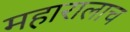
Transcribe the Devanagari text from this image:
महारालाच